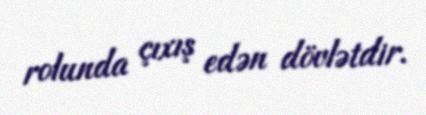
rolunda çıxış edən dövlətdir.